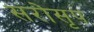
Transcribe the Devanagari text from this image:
सरोसृप